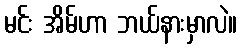
မင်း အိမ်ဟာ ဘယ်နားမှာလဲ။